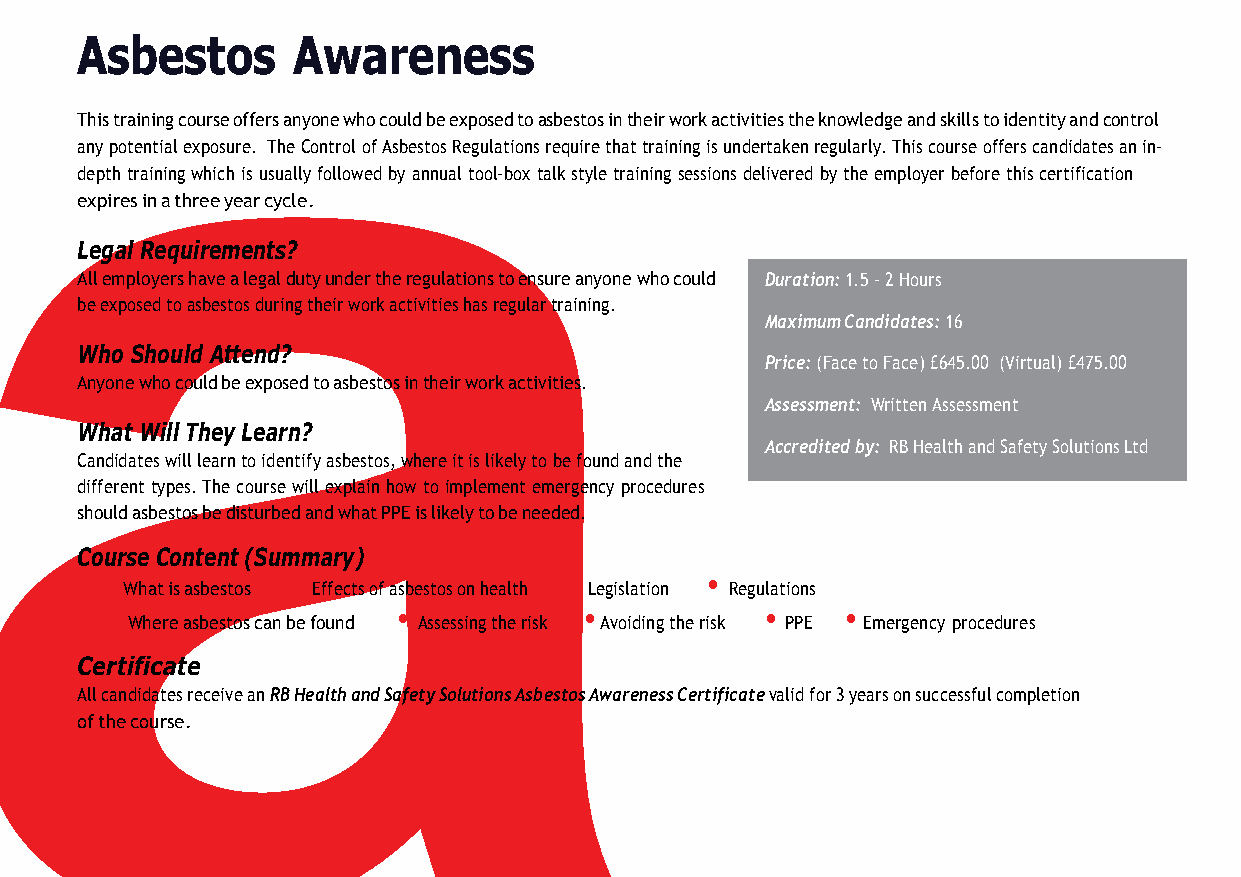
a
 Asbestos      Awareness
 This training course offers anyone who could be exposed to asbestos in their work activities the knowledge and skills to identity and control
 any potential exposure. The Control of Asbestos Regulations require that training is undertaken regularly. This course offers candidates an in-
 depth training which is usually followed by annual tool-box talk style training sessions delivered by the employer before this certification
 expires in a three year cycle.
 Legal Requirements?
 All employers have a legal duty under the regulations to ensure anyone who could Duration: 1.5 – 2 Hours
 be exposed to asbestos during their work activities has regular training.
 Maximum Candidates: 16
 Who Should Attend?
 Price: (Face to Face) £645.00 (Virtual) £475.00
 Anyone who could be exposed to asbestos in their work activities.
 Assessment: Written Assessment
 What Will They Learn?
 Accredited by: RB Health and Safety Solutions Ltd
 Candidates will learn to identify asbestos, where it is likely to be found and the
 different types. The course will explain how to implement emergency procedures
 should asbestos be disturbed and what PPE is likely to be needed.
 Course Content (Summary)
 •           •                  •        •
 What is asbestos Effects of asbestos on health Legislation Regulations
 •                  •            •           •    •
 Where asbestos can be found Assessing the risk Avoiding the risk PPE Emergency procedures
 Certificate
 All candidates receive an RB Health and Safety Solutions Asbestos Awareness Certificate valid for 3 years on successful completion
 of the course.